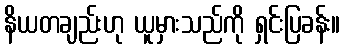
နိယတချည်းဟု ယူမှားသည်ကို ရှင်းပြခန်း။